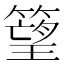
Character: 𥲠